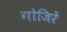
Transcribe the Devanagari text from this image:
गोजिरें